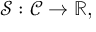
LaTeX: { \mathcal { S } } : { \mathcal { C } } \rightarrow \mathbb { R } ,